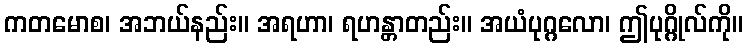
ကတမောစ၊ အဘယ်နည်း။ အရဟာ၊ ရဟန္တာတည်း။ အယံပုဂ္ဂလော၊ ဤပုဂ္ဂိုလ်ကို။